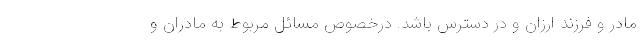
مادر و فرزند ارزان و در دسترس باشد. درخصوص مسائل مربوط به مادران و